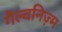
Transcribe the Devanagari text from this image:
गैल्वनिज़्म